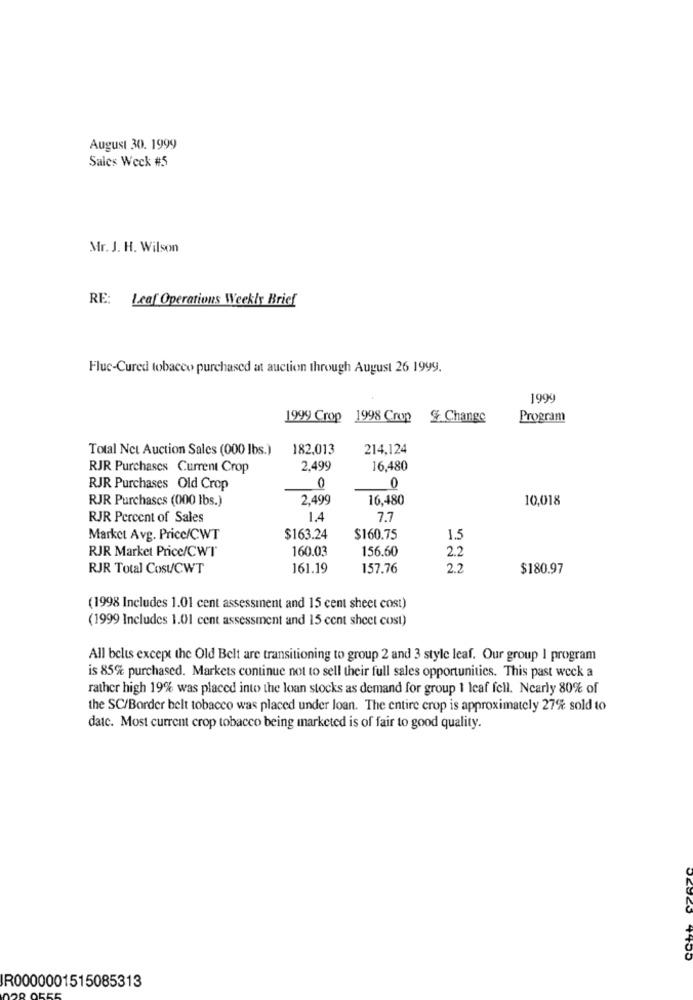
August 30. 1999
Sales Weck #5
Mr. J. H. Wilson
RE: Leaf Operations Weekly Brief
Fluc-Cured tobacco purchased at auction through August 26 1999.
1999
1999 Crop 1998 Crop & Change
Program
Total Net Auction Sales (000 lbs.)
182,013
214,124
RJR Purchases Current Crop
2,499
16,480
RJR Purchases Old Crop
0
0
RJR Purchases (000 lbs.)
2,499
16,480
10,018
RJR Percent of Sales
1.4
7.7
Market Avg. Price/CWT
$163.24
$160.75
1.5
RJR Market Price/CWT
160.03
156.60
2.2
RJR Total Cost/CWT
161.19
157.76
2.2
$180.97
(1998 Includes 1.01 cent assessment and 15 cent sheet cost)
(1999 Includes 1.01 cent assessment and 15 cent sheet cost)
All belts except the Old Belt are transitioning to group 2 and 3 style leaf. Our group I program
is 85% purchased. Markets continue not to sell their full sales opportunities. This past weck a
rather high 19% was placed into the loan stocks as demand for group 1 leaf fell. Ncarly 80% of
the SC/Border belt tobacco was placed under loan. The entire crop is approximately 27% sold to
datc. Most current crop tobacco being marketed is of fair to good quality.
R0000001515085313